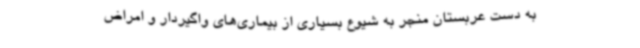
به دست عربستان منجر به شیوع بسیاری از بیماری‌های واگیردار و امراض